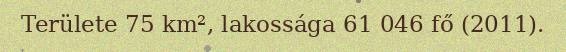
Területe 75 km², lakossága 61 046 fő (2011).